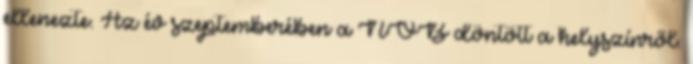
ellenezte. Az év szeptemberében a NOB döntött a helyszínről.